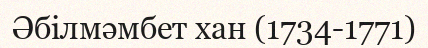
Әбілмәмбет хан (1734-1771)